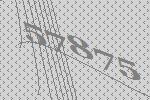
57875